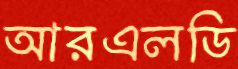
আরএলডি